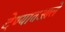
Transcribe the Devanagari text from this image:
देण्यातआले